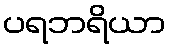
ပရဘရိယာ